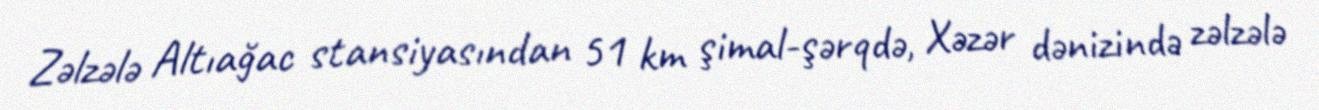
Zəlzələ Altıağac stansiyasından 51 km şimal-şərqdə, Xəzər dənizində zəlzələ